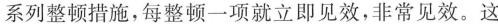
系列整顿措施，每整顿一项就立即见效，非常见效。这